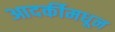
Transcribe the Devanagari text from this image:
आदर्कीमधून